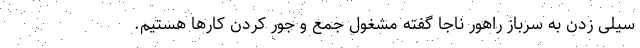
سیلی زدن به سرباز راهور ناجا گفته مشغول جمع و جور کردن کارها هستیم.